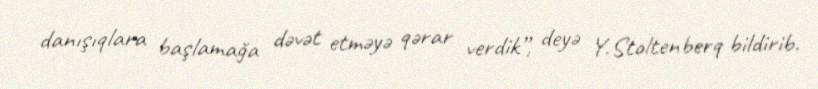
danışıqlara başlamağa dəvət etməyə qərar verdik”, deyə Y.Stoltenberq bildirib.